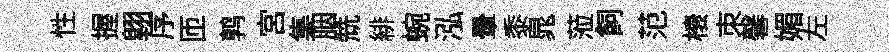
性握翺序匝鹑宫集胭兟緋蜿泓暈黍晁蒞飼范榱朿馨媚左